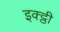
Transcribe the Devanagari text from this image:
इक्ट्ठी